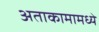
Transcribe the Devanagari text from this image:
अताकामामध्ये